Report on vaccination proceedings throughout the Government of Bengal -
Year: 1868
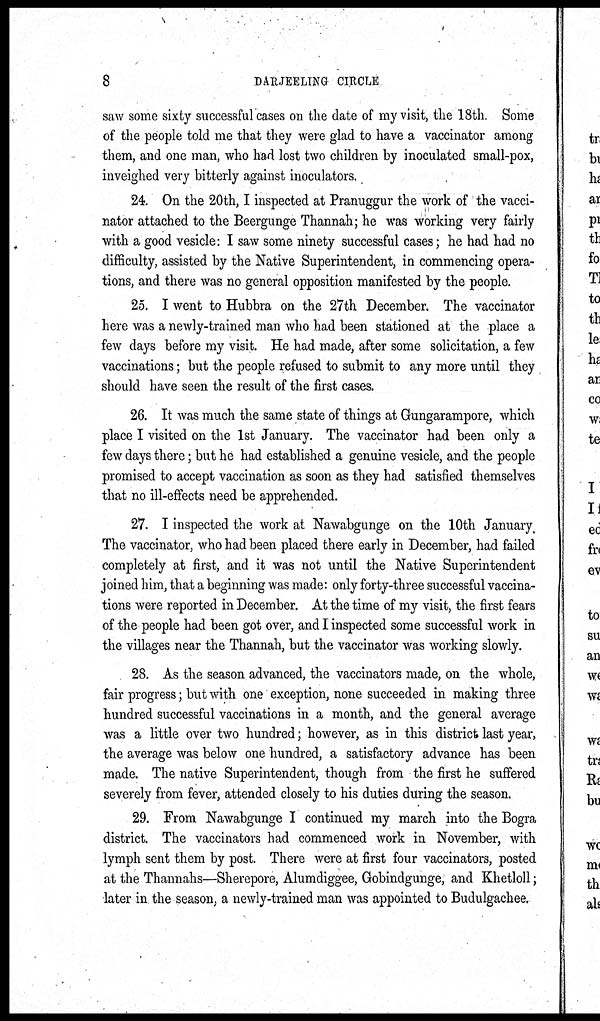
8
DARJEELING CIRCLE
saw some sixty successful cases on the date of my visit, the 18th. Some
of the people told me that they were glad to have a vaccinator among
them, and one man, who had lost two children by inoculated small-pox,
inveighed very bitterly against inoculators.
24. On the 20th, I inspected at Pranuggur the work of the vacci-
nator attached to the Beergunge Thannah; he was working very fairly
with a good vesicle: I saw some ninety successful cases; he had had no
difficulty, assisted by the Native Superintendent, in commencing opera-
tions, and there was no general opposition manifested by the people.
25. I went to Hubbra on the 27th December. The vaccinator
here was a newly-trained man who had been stationed at the place a
few days before my visit. He had made, after some solicitation, a few
vaccinations; but the people refused to submit to any more until they
should have seen the result of the first cases.
26. It was much the same state of things at Gungarampore, which
place I visited on the 1st January. The vaccinator had been only a
few days there; but he had established a genuine vesicle, and the people
promised to accept vaccination as soon as they had satisfied themselves
that no ill-effects need be apprehended.
27. I inspected the work at Nawabgunge on the 10th January.
The vaccinator, who had been placed there early in December, had failed
completely at first, and it was not until the Native Superintendent
joined him, that a beginning was made: only forty-three successful vaccina-
tions were reported in December. At the time of my visit, the first fears
of the people had been got over, and I inspected some successful work in
the villages near the Thannah, but the vaccinator was working slowly.
28. As the season advanced, the vaccinators made, on the whole,
fair progress; but with one exception, none succeeded in making three
hundred successful vaccinations in a month, and the general average
was a little over two hundred; however, as in this district last year,
the average was below one hundred, a satisfactory advance has been
made. The native Superintendent, though from the first he suffered
severely from fever, attended closely to his duties during the season.
29. From Nawabgunge I continued my march into the Bogra
district. The vaccinators had commenced work in November, with
lymph sent them by post. There were at first four vaccinators, posted
at the Thannahs—Sherepore, Alumdiggee, Gobindgunge, and Khetloll;
later in the season, a newly-trained man was appointed to Budulgachee.